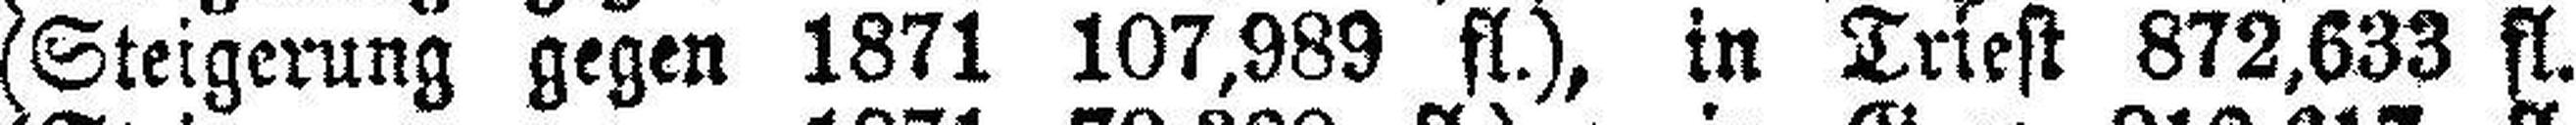
(Steigerung gegen 1871 107,989 fl.), in Triest 872,633 fl.